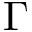
\Gamma